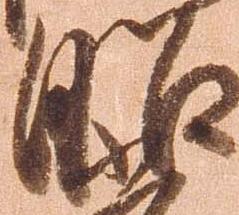
昭